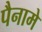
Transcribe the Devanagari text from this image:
पैनामे